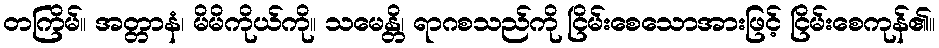
တကြိမ်။ အတ္တာနံ၊ မိမိကိုယ်ကို။ သမေန္တိ၊ ရာဂစသည်ကို ငြိမ်းစေသောအားဖြင့် ငြိမ်းစေကုန်၏။